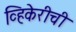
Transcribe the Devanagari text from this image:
व्हिकेरीची